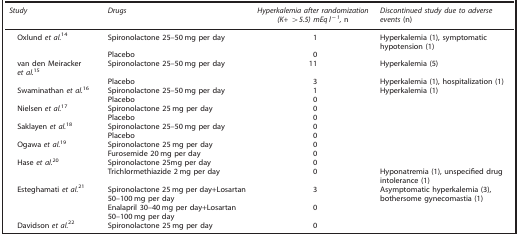
<table><thead><tr><td><b><i>Study</i></b></td><td><b><i>Drugs</i></b></td><td><b><i>Hyperkalemia after randomization (K+ &gt;5.5) mEq l<sup>−1</sup>,</i> n</b></td><td><b><i>Discontinued study due to adverse events</i> (n)</b></td></tr></thead><tbody><tr><td> Oxlund <i>et al.</i><sup>14</sup></td><td>Spironolactone 25–50 mg per day</td><td>1</td><td>Hyperkalemia (1), symptomatic hypotension (1)</td></tr><tr><td> </td><td>Placebo</td><td>0</td><td> </td></tr><tr><td> van den Meiracker <i>et al.</i><sup>15</sup></td><td>Spironolactone 25–50 mg per day</td><td>11</td><td>Hyperkalemia (5)</td></tr><tr><td> </td><td>Placebo</td><td>3</td><td>Hyperkalemia (1), hospitalization (1)</td></tr><tr><td> Swaminathan <i>et al.</i><sup>16</sup></td><td>Spironolactone 25–50 mg per day</td><td>1</td><td>Hyperkalemia (1)</td></tr><tr><td> </td><td>Placebo</td><td>0</td><td> </td></tr><tr><td> Nielsen <i>et al.</i><sup>17</sup></td><td>Spironolactone 25 mg per day</td><td>0</td><td> </td></tr><tr><td> </td><td>Placebo</td><td>0</td><td> </td></tr><tr><td> Saklayen <i>et al.</i><sup>18</sup></td><td>Spironolactone 25–50 mg per day</td><td>0</td><td> </td></tr><tr><td> </td><td>Placebo</td><td>0</td><td> </td></tr><tr><td> Ogawa <i>et al.</i><sup>19</sup></td><td>Spironolactone 25 mg per day</td><td>0</td><td> </td></tr><tr><td> </td><td>Furosemide 20 mg per day</td><td>0</td><td> </td></tr><tr><td> Hase <i>et al.</i><sup>20</sup></td><td>Spironolactone 25mg per day</td><td>0</td><td> </td></tr><tr><td> </td><td>Trichlormethiazide 2 mg per day</td><td>0</td><td>Hyponatremia (1), unspecified drug intolerance (1)</td></tr><tr><td> Esteghamati <i>et al.</i><sup>21</sup></td><td>Spironolactone 25 mg per day+Losartan 50–100 mg per day</td><td>3</td><td>Asymptomatic hyperkalemia (3), bothersome gynecomastia (1)</td></tr><tr><td> </td><td>Enalapril 30–40 mg per day+Losartan 50–100 mg per day</td><td>0</td><td> </td></tr><tr><td> Davidson <i>et al.</i><sup>22</sup></td><td>Spironolactone 25 mg per day</td><td>0</td><td> </td></tr></tbody></table>